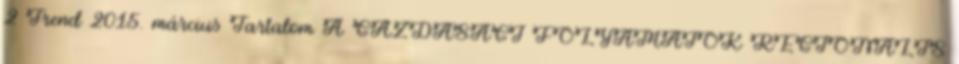
2 Trend 2015. március Tartalom A GAZDASÁGI FOLYAMATOK REGIONÁLIS